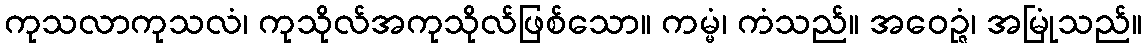
ကုသလာကုသလံ၊ ကုသိုလ်အကုသိုလ်ဖြစ်သော။ ကမ္မံ၊ ကံသည်။ အဝေဉ္ဇံ၊ အမြုံသည်။